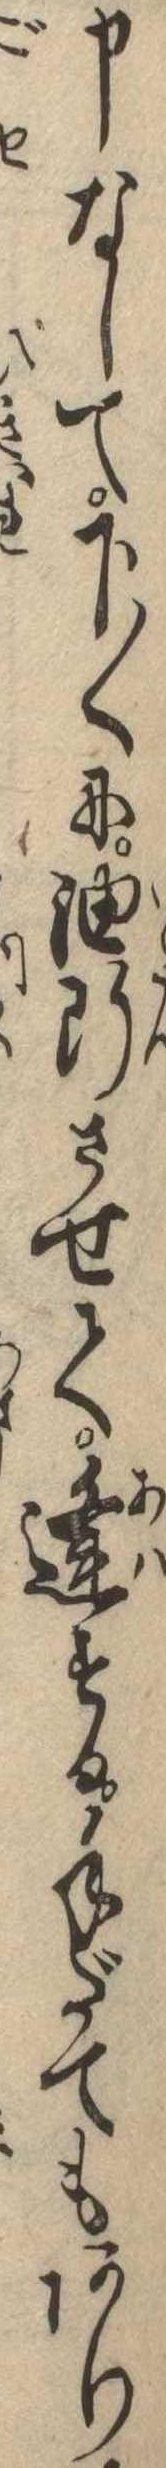
申なして下〱に油断させて逢する手だてもあり